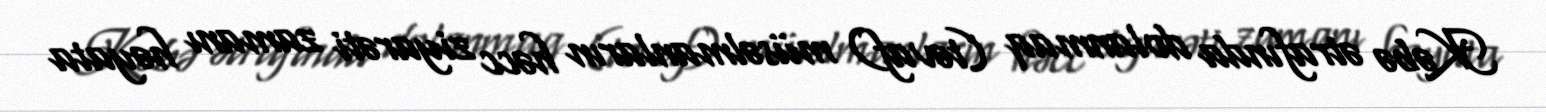
Kəbə ətrafında dolanmaq (təvaf) müsəlmanların həcc ziyarəti zamanı həyata